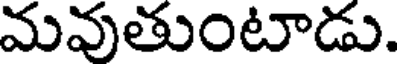
మవుతుంటాడు.